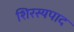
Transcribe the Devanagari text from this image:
शिरस्यपाद